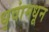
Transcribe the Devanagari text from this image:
धृवांमधून